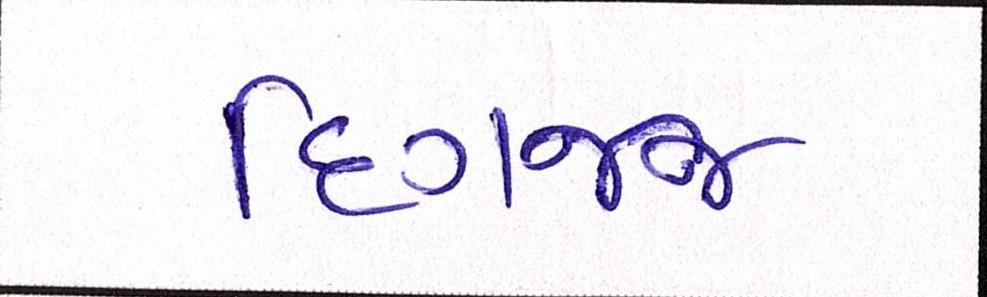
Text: દિગજ્જ